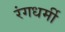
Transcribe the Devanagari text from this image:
रंगधर्मी